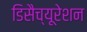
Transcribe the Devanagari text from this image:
डिसैच्यूरेशन